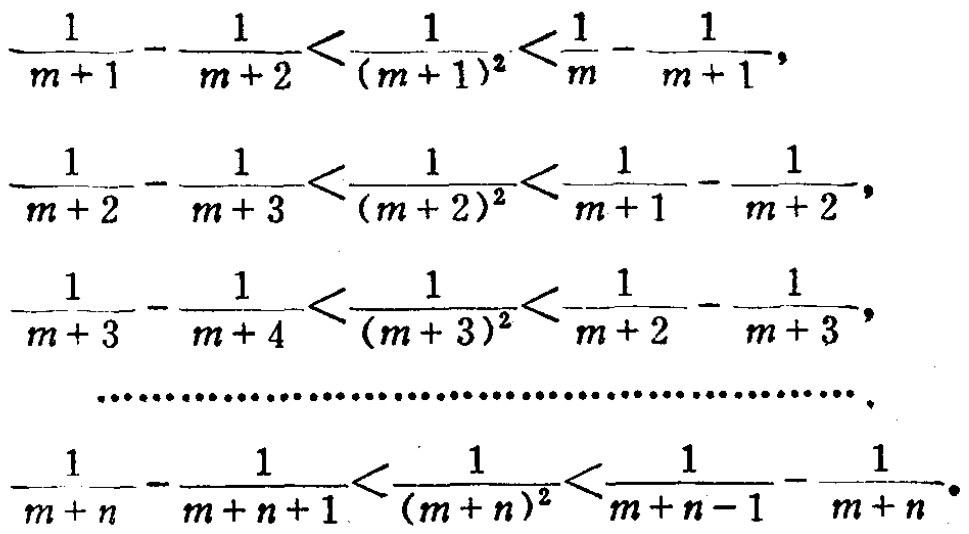
\[
\begin{align*}
\frac{1}{m + 1} - \frac{1}{m + 2} &< \frac{1}{(m + 1)^2} < \frac{1}{m} - \frac{1}{m + 1},\\
\frac{1}{m + 2} - \frac{1}{m + 3} &< \frac{1}{(m + 2)^2} < \frac{1}{m + 1} - \frac{1}{m + 2},\\
\frac{1}{m + 3} - \frac{1}{m + 4} &< \frac{1}{(m + 3)^2} < \frac{1}{m + 2} - \frac{1}{m + 3},\\
&\cdots\cdots\cdots\cdots\cdots\cdots\cdots\cdots\cdots\cdots\cdots\cdots\cdots\cdots\cdots\cdots\cdots\cdots\cdots\cdots\cdots\cdots\\
\frac{1}{m + n} - \frac{1}{m + n + 1} &< \frac{1}{(m + n)^2} < \frac{1}{m + n - 1} - \frac{1}{m + n}.
\end{align*}
\]